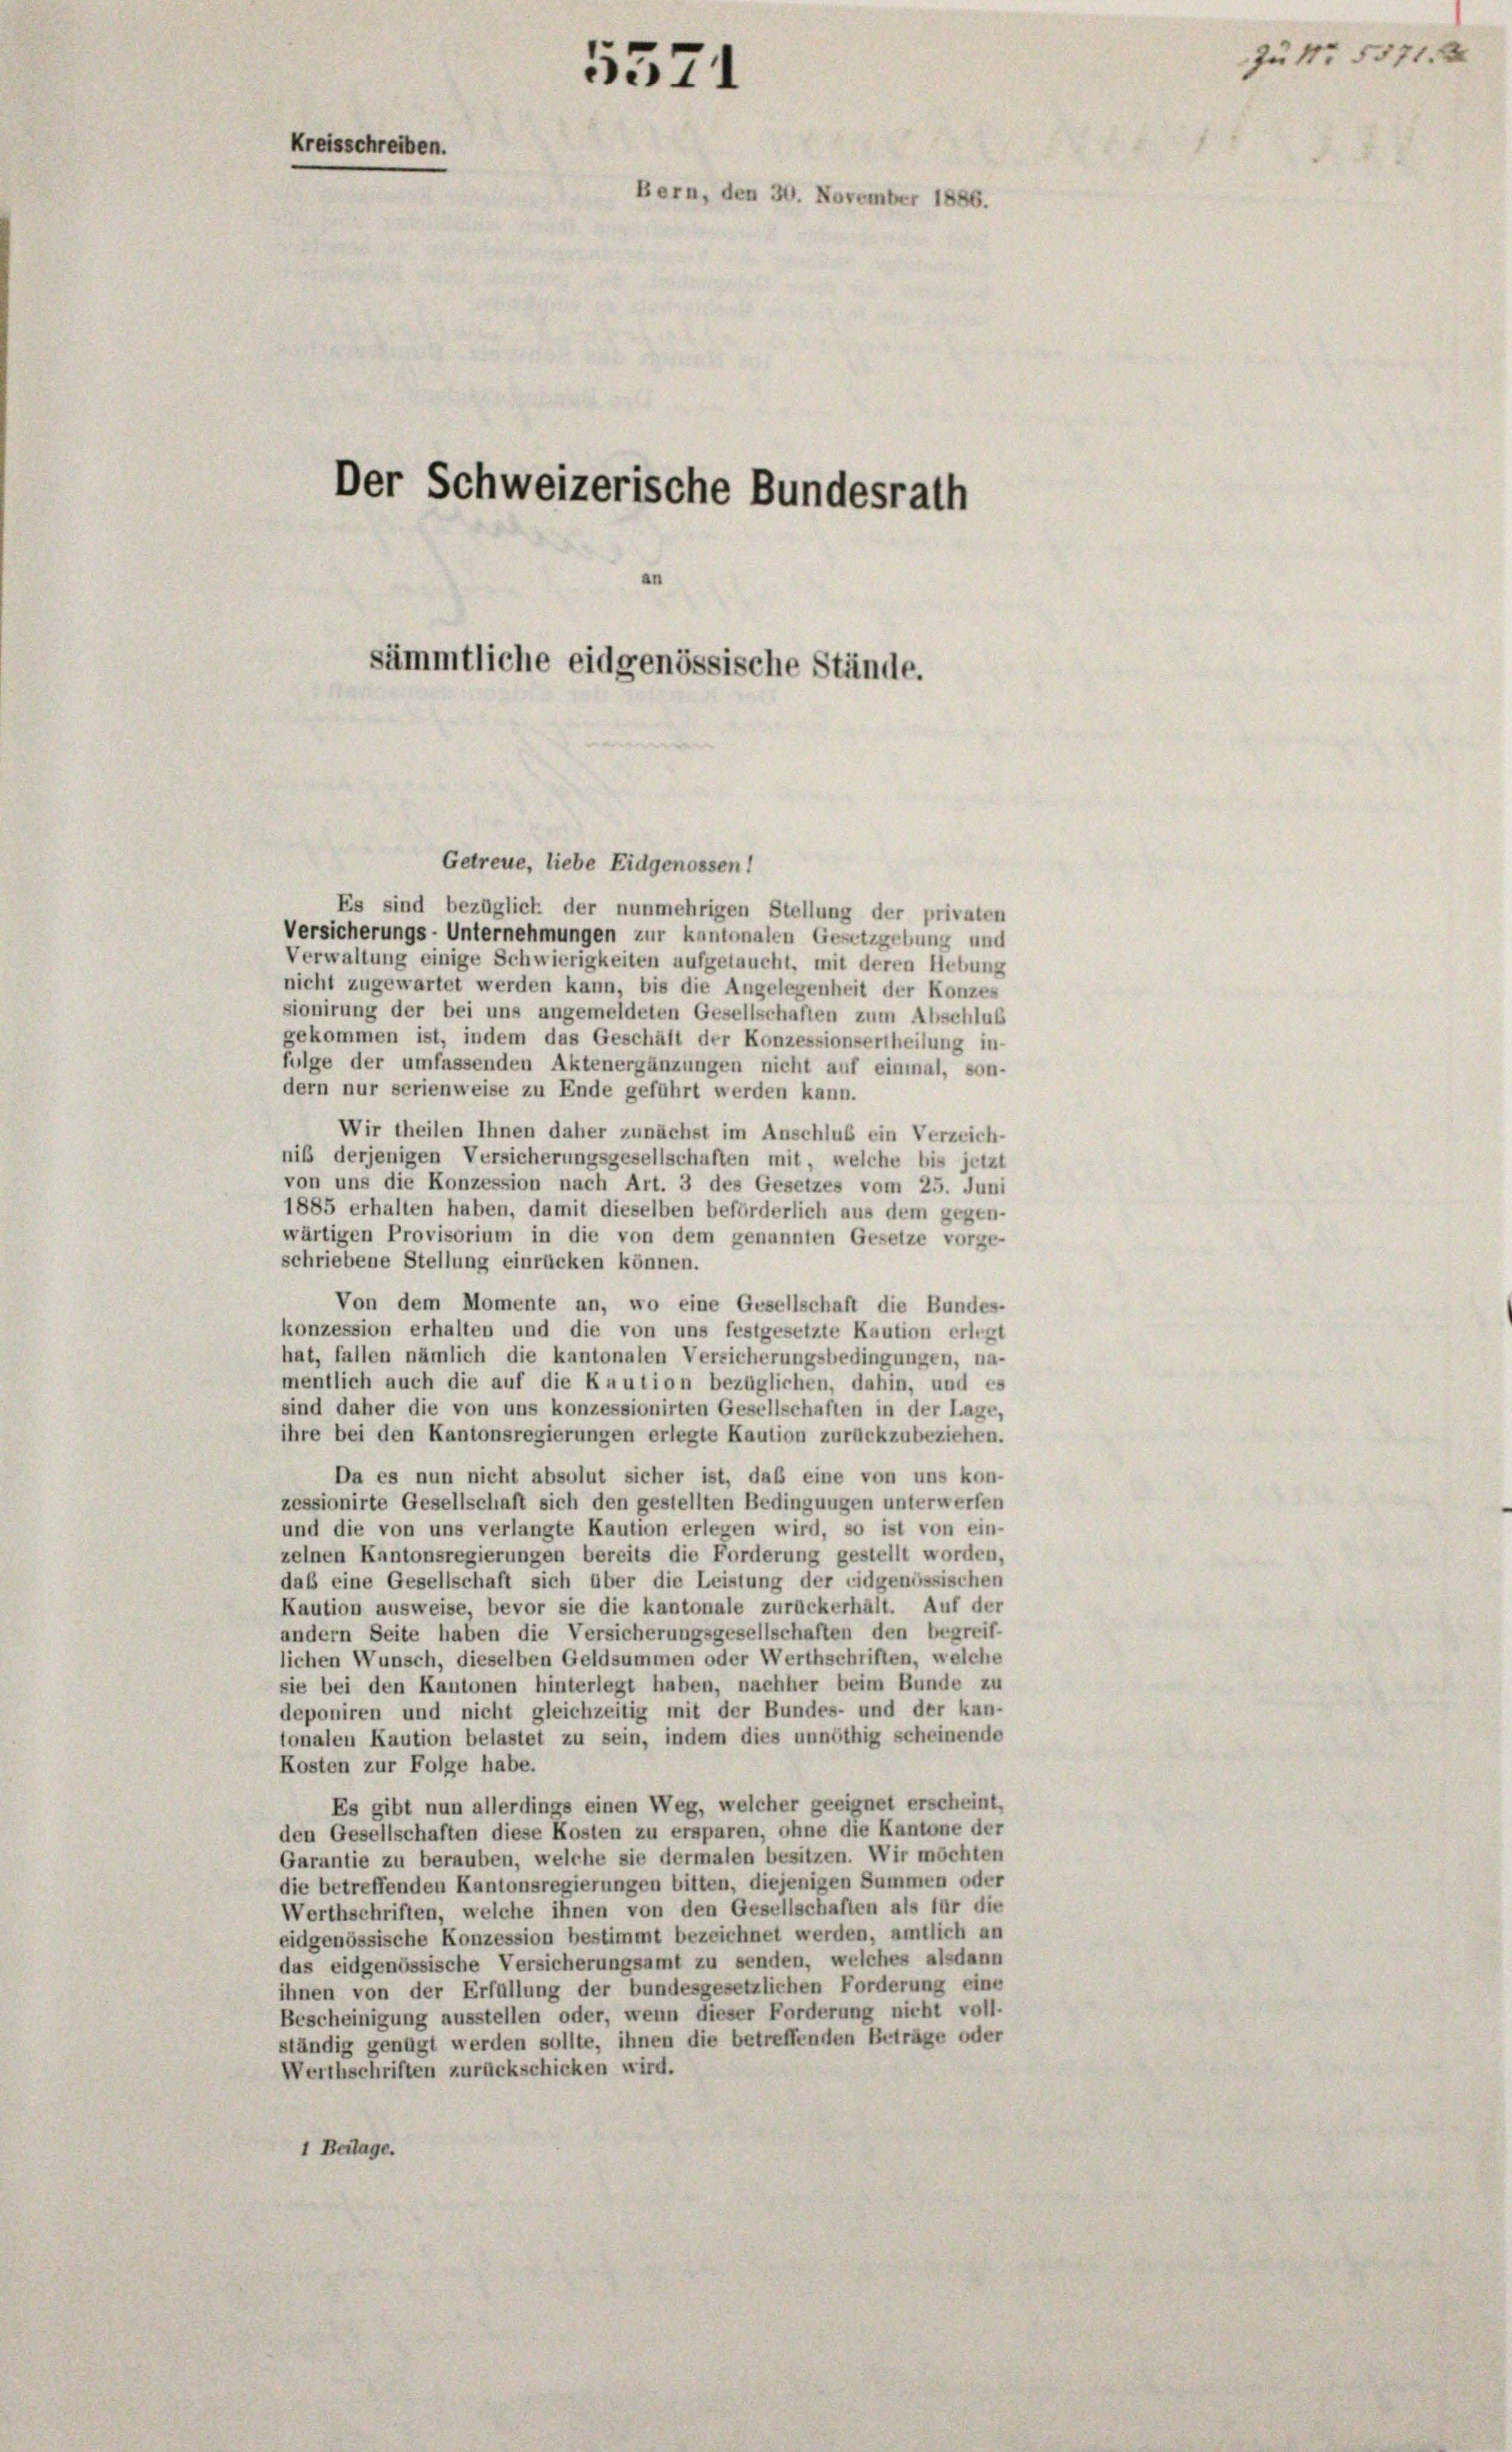
5571
Kreisschreiben.
Bern, den 30. November 1886.

Der Schweizerische Bundesrath
sämmtliche eidgenössische Stände.

Getreue, liebe Eidgenossen!

Es sind bezüglich der nunmehrigen Stellung der privaten
Versicherungs-Unternehmungen zur kantonalen Gesetzgebung und
Verwaltung einige Schwierigkeiten aufgelaucht, mit deren Hebung
nicht zugewartet werden kann, bis die Angelegenheit der Konzes
sionirung der bei uns angemeldeten Gesellschaften zum Abschluß
gekommen ist, indem das Geschäft der Konzessionsertheilung in-
folge der umfassenden Aktenergänzungen nicht auf einmal, son-
dern nur serienweise zu Ende geführt werden kann.
Wir theilen Ihnen daher zunächst im Anschluß ein Verzeich-
niß derjenigen Versicherungsgesellschaften mit, welche bis jetzt
von uns die Konzession nach Art. 3 des Gesetzes vom 25. Juni
1885 erhalten haben, damit dieselben beförderlich aus dem gegen-
wärtigen Provisorium in die von dem genannten Gesetze vorge-
schriebene Stellung einrücken können.
Von dem Momente an, wo eine Gesellschaft die Bundes-
konzession erhalten und die von uns festgesetzte Kaution erlegt
hat, fallen nämlich die kantonalen Versicherungsbedingungen, na-
mentlich auch die auf die Kaution bezüglichen, dahin, und es
sind daher die von uns konzessionirten Gesellschaften in der Lage,
ihre bei den Kantonsregierungen erlegte Kaution zurückzubeziehen.
Da es nun nicht absolut sicher ist, daß eine von uns kon-
zessionirte Gesellschaft sich den gestellten Bedingungen unterwerfen
und die von uns verlangte Kaution erlegen wird, so ist von ein-
zelnen Kantonsregierungen bereits die Forderung gestellt worden,
daß eine Gesellschaft sich über die Leistung der eidgenössischen
Kaution ausweise, bevor sie die kantonale zurückerhält. Auf der
andern Seite haben die Versicherungsgesellschaften den begreif-
lichen Wunsch, dieselben Geldsummen oder Werthschriften, welche
sie bei den Kantonen hinterlegt haben, nachher beim Bunde zu
deponiren und nicht gleichzeitig mit der Bundes- und der kan-
tonalen Kaution belastet zu sein, indem dies unnöthig scheinende
Kosten zur Folge habe.
Es gibt nun allerdings einen Weg, welcher geeignet erscheint,
den Gesellschaften diese Kosten zu ersparen, ohne die Kantone der
Garantie zu berauben, welche sie dermalen besitzen. Wir möchten
die betreffenden Kantonsregierungen bitten, diejenigen Summen oder
Werthschriften, welche ihnen von den Gesellschaften als für die
eidgenössische Konzession bestimmt bezeichnet werden, amtlich an
das eidgenössische Versicherungsamt zu senden, welches alsdann
ihnen von der Erfüllung der bundesgesetzlichen Forderung eine
Bescheinigung ausstellen oder, wenn dieser Forderung nicht voll-
ständig genügt werden sollte, ihnen die betreffenden Beträge oder
Werthschriften zurückschicken wird.
1 Beilage.

Zu Nr. 5571.